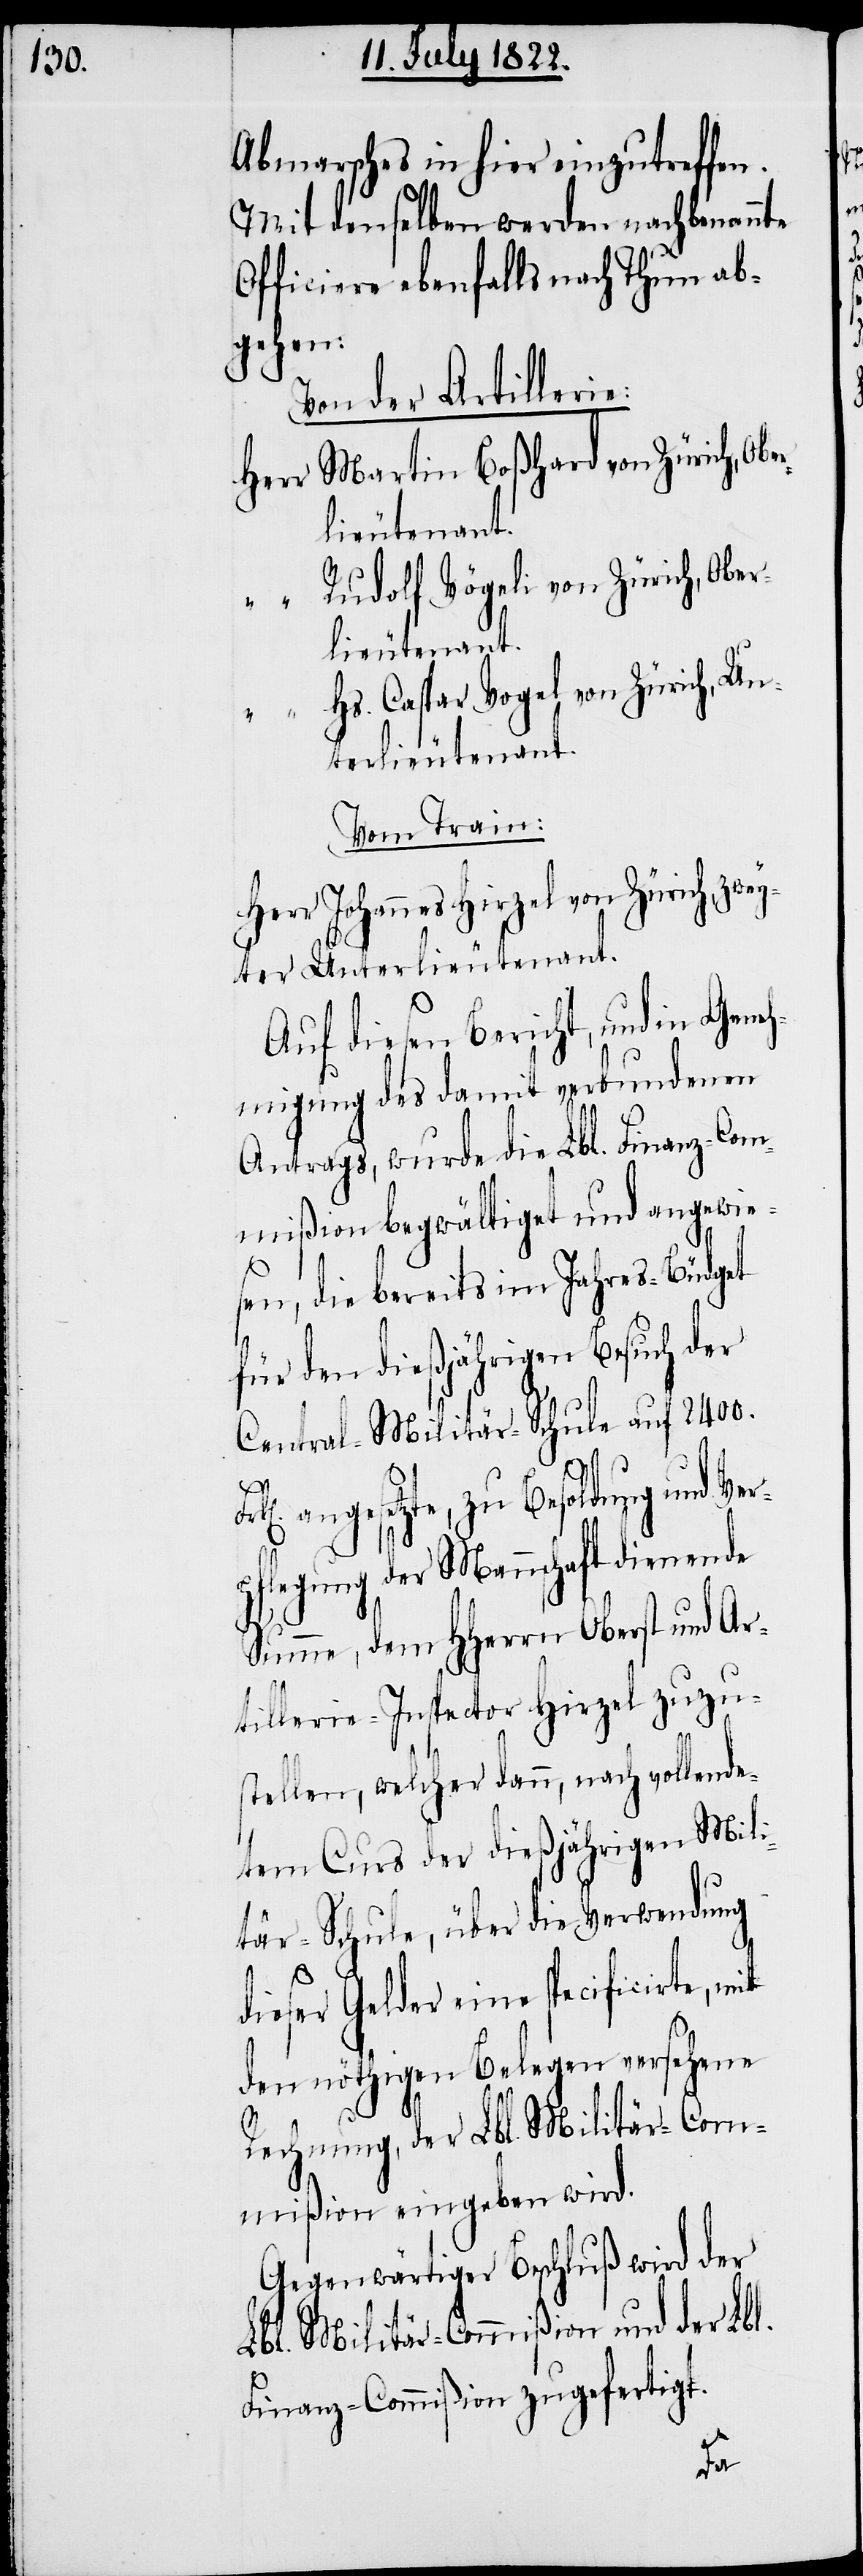
Abmarsches in hier einzutreffen.
Mit demselben werden nachbenannte
Officiere ebenfalls nach Thun ab¬
gehen:
Von der Artillerie:
Herr	Martin Boßhard von Zürich, Obe¬
lieutnant.
„	Rudolf Vögeli von Zürich, Ober¬
s. Caspar Vogel von Zürich, Un¬
terlieutnant.
Vom Train:
Herr Johannes Hirzel von Zürich, zw¬
eyter Unterlieutnant.
Auf diesen Bericht, und in Geneh¬
migung des damit verbundenen
Antrags, wurde die Lbl. Finanz-Com¬
mißion begwältiget und angewie¬
sen, die bereits im Jahres-Büdget
für den dießjährigen Besuch der
Central-Militär-Schule auf 2400.
„	H¬
angesetzte, zu Besoldung und Ver¬
pflegung der Mannschaft dienende
Summe, dem HHerrn Oberst und Ar¬
tillerie-Inspector Hirzel zuzus¬
tellen, welcher dann, nach vollend¬
etem Curs der dießjährigen Mili¬
tär-Schule, über die Verwendung
dieser Gelder eine speificirte,
den nöthigen Belegen versehene
Rechnung, der Lbl. Militär-Com¬
mißion eingeben wird.
Gegenwärtiger Beschluß wird der
Lbl. Militär-Commißion und der Lbl.
Finanz-Commißion zugefertigt.